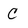
Character: C